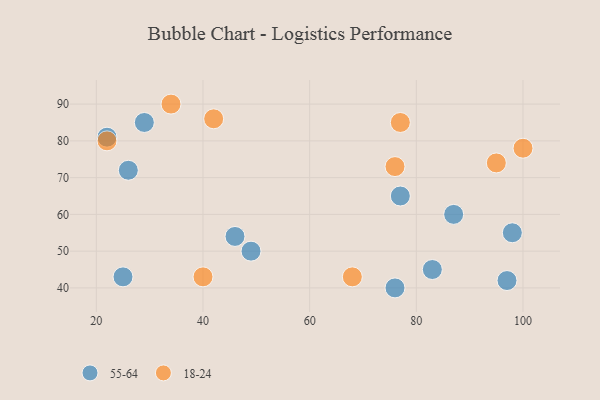
{"axis": {"x": "GDP", "y": "Life Expectancy"}, "legend": ["18-24", "55-64"], "data": [{"x": "49", "y": 50, "type": "55-64"}, {"x": "46", "y": 54, "type": "55-64"}, {"x": "29", "y": 85, "type": "55-64"}, {"x": "97", "y": 42, "type": "55-64"}, {"x": "25", "y": 43, "type": "55-64"}, {"x": "87", "y": 60, "type": "55-64"}, {"x": "22", "y": 81, "type": "55-64"}, {"x": "77", "y": 65, "type": "55-64"}, {"x": "83", "y": 45, "type": "55-64"}, {"x": "98", "y": 55, "type": "55-64"}, {"x": "26", "y": 72, "type": "55-64"}, {"x": "76", "y": 40, "type": "55-64"}, {"x": "76", "y": 73, "type": "18-24"}, {"x": "77", "y": 85, "type": "18-24"}, {"x": "40", "y": 43, "type": "18-24"}, {"x": "34", "y": 90, "type": "18-24"}, {"x": "100", "y": 78, "type": "18-24"}, {"x": "42", "y": 86, "type": "18-24"}, {"x": "68", "y": 43, "type": "18-24"}, {"x": "22", "y": 80, "type": "18-24"}, {"x": "95", "y": 74, "type": "18-24"}]}